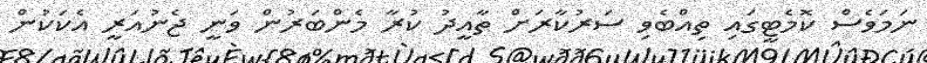
ނަމަވެސް ކޮމެޓީގައި ތިއްބެވި ސަރުކާރަށް ތާއީދު ކުރާ މެންބަރުން ވަނީ ޖެނުއަރީ އެކަކުން